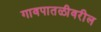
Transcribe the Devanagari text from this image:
गावपातळीवरील